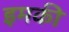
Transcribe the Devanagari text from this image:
इमकी